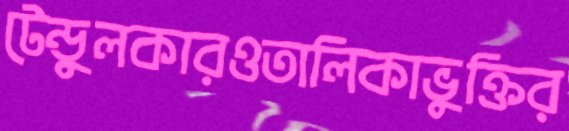
টেন্ডুলকারওতালিকাভুক্তির